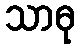
သာဓု